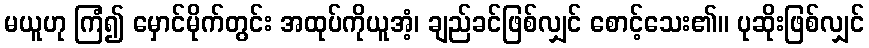
မယူဟု ကြံ၍ မှောင်မိုက်တွင်း အထုပ်ကိုယူအံ့၊ ချည်ခင်ဖြစ်လျှင် စောင့်သေး၏။ ပုဆိုးဖြစ်လျှင်